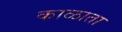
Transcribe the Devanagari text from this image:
काळाता